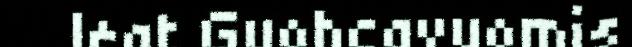
leat Guohcavuomis